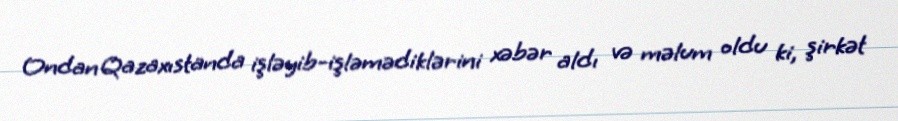
Ondan Qazaxıstanda işləyib-işləmədiklərini xəbər aldı və məlum oldu ki, şirkət